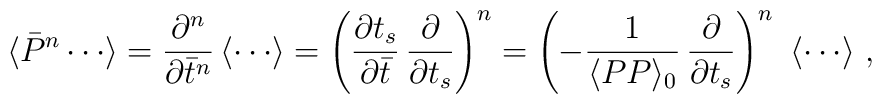
\langle\bar{P}^{n}\cdots\rangle ={\partial^{n}\over\partial\bar{t}^{n}}\, \langle\cdots\rangle=\left({\partial t_s\over \partial\bar{t}}\,{\partial\over\partial t_s}\right)^{n}= \left(-{1\over\langle PP\rangle_{0}}\,{\partial\over\partial t_s}\right)^{n} \ \langle\cdots\rangle \ ,